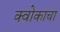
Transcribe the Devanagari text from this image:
क्वोकाचा